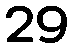
29